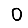
Digit: 0